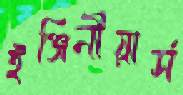
ইঞ্জিনীয়ার্স